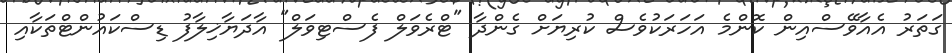
ގަތަރު އެއާވޭސްއިން ކޮންމެ އަހަރަކުވެސް ކުރިޔަށް ގެންދާ "ޓްރެވަލް ފެސްޓިވަލް" އާދަޔާޚިލާފު ޑިސްކައުންޓްތަކާއި